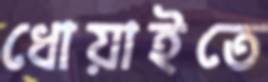
ধোয়াইতে